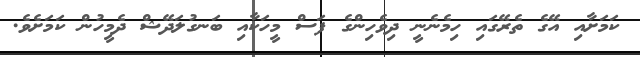
ކަމަށާއި އޭގެ ތެރޭގައި ހިމެނެނީ ދިވެހިންގެ ފަސް މީހަކާއި ބަނގުލަދޭޝް ދެމީހުން ކަމަށެވެ.